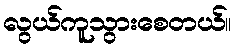
လွယ်ကူသွားစေတယ်။